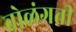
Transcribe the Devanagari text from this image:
वोळंगती